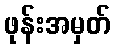
ဖုန်းအမှတ်